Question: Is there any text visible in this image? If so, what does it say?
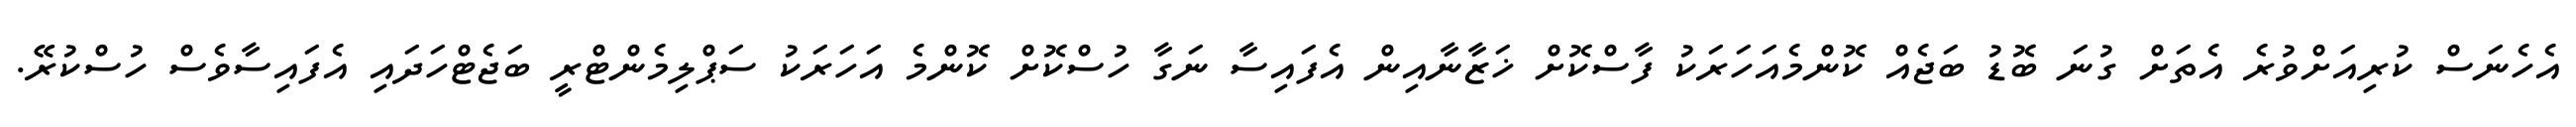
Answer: އެހެނަސް ކުރިއަށްވުރެ އެތަށް ގުނަ ބޮޑު ބަޖެއް ކޮންމެއަހަރަކު ފާސްކޮށް ޚަޒާނާއިން އެފައިސާ ނަގާ ހުސްކޮށް ކޮންމެ އަހަރަކު ސަޕްލިމެންޓްރީ ބަޖެޓްހަދައި އެފައިސާވެސް ހުސްކުރޭ.